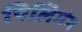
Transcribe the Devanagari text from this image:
पिलिगंग